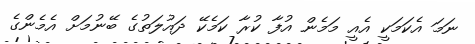
ނަމަ އެކަމަކީ އެއީ މަމެން އުފާ ކުރާ ކަމެކޭ ދައުލަތުގެ ބޭނުމަށް އެމެންގެ